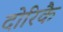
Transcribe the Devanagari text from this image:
दोरिकै